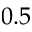
0 . 5